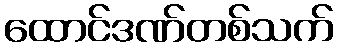
ထောင်ဒဏ်တစ်သက်